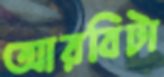
আরবিটা